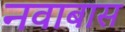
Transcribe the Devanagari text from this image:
नवाबास